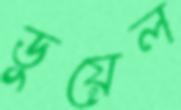
ডুয়েল